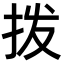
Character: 拨